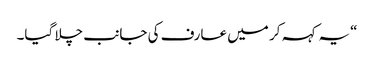
“یہ کہہ کر میں عارف کی جانب چلا گیا۔